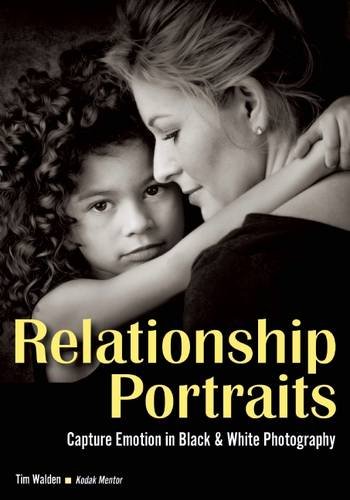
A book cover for Relationship Portraits: Capture Emotion in Black & White Photography; Tim Walden; Arts & Photography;